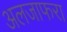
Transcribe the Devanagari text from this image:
अलजाफरा